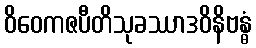
ဝိဝေကဇပီတိသုခဿာဒဝိနိဗန္ဓံ